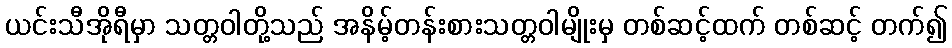
ယင်းသီအိုရီမှာ သတ္တဝါတို့သည် အနိမ့်တန်းစားသတ္တဝါမျိုးမှ တစ်ဆင့်ထက် တစ်ဆင့် တက်၍